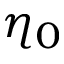
\eta _ { 0 }